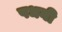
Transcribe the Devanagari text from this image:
पधनी